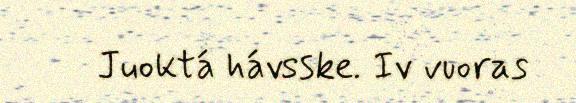
Juoktá hávsske. Iv vuoras